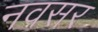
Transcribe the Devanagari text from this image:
नवसर